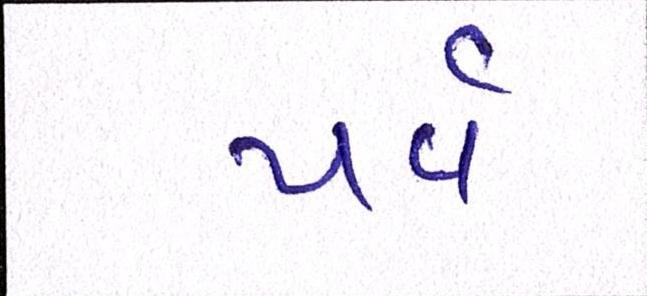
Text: પર્વ